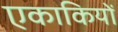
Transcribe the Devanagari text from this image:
एकाकियों